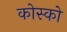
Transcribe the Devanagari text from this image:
कोस्को